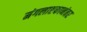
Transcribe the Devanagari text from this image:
मंगलाष्टकानंतर